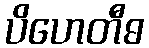
ပိဟေတီဓ